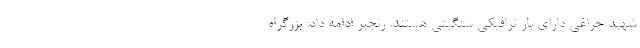
شهید چراغی دارای بار ترافیکی سنگینی هستند. رنجبر ادامه داد: بزرگراه